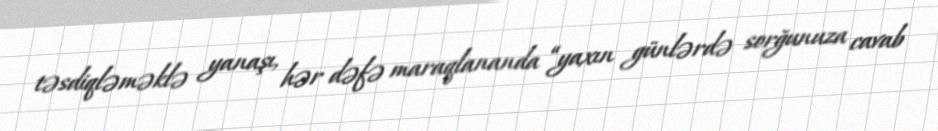
təsdiqləməklə yanaşı, hər dəfə maraqlananda “yaxın günlərdə sorğunuza cavab